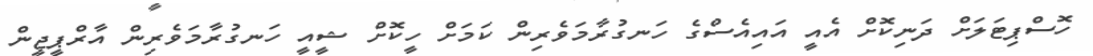
ހޮސްޕިޓަލަށް ދަނިކޮށް އެއީ އައިއެސްގެ ހަނގުރާމަވެރިން ކަމަށް ހީކޮށް ޝީއީ ހަނގުރާމަވެރިން އާރްޕީޖީން